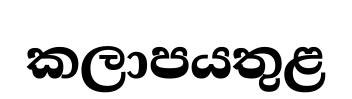
කලාපයතුළ